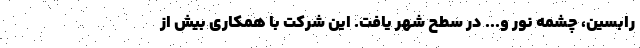
‌رابسین، چشمه نور و... در سطح شهر یافت. این شرکت با همکاری بیش از